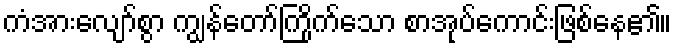
ကံအားလျော်စွာ ကျွန်တော်ကြိုက်သော စာအုပ်ကောင်းဖြစ်နေ၏။